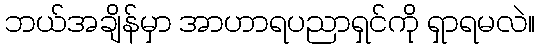
ဘယ်အချိန်မှာ အာဟာရပညာရှင်ကို ရှာရမလဲ။